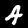
Digit: 4